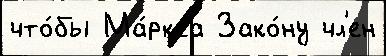
что́бы Ма́ркса Зако́ну чл'ен